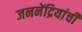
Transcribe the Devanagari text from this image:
जननेंद्रियांची